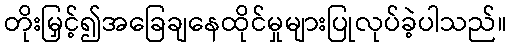
တိုးမြှင့်၍အခြေချနေထိုင်မှုများပြုလုပ်ခဲ့ပါသည်။